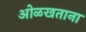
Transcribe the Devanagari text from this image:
ओळखताना